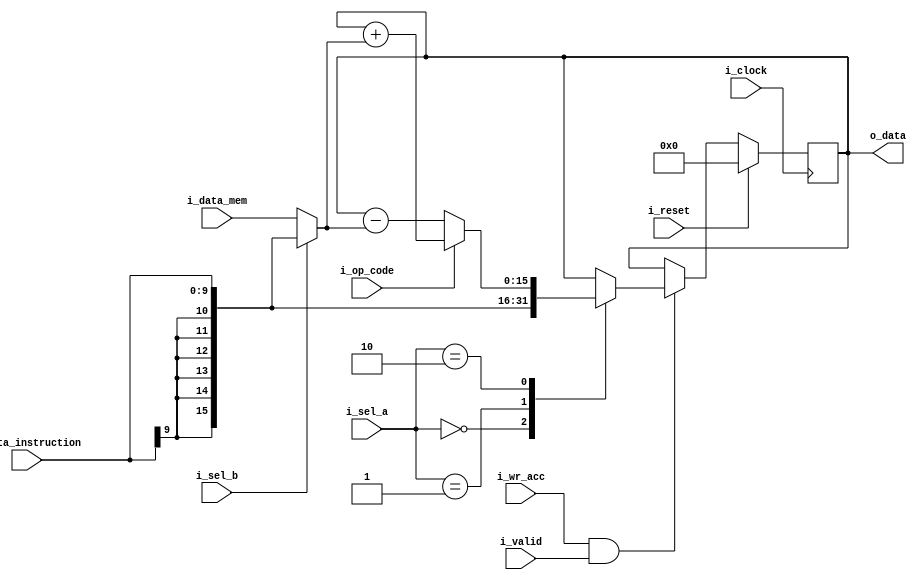
module bip_datapath
#(
    // Parameters.
    parameter 									NB_DATA = 16,
    parameter 									NB_OPCODE = 5,
    parameter 									NB_OPERAND = 11,
    parameter 									N_INSMEM_ADDR = 2048,
    parameter 									LOG2_N_INSMEM_ADDR = 11,
    parameter 									N_DATA_ADDR = 1024, 
    parameter 									LOG2_N_DATA_ADDR = 10,
    parameter                                   NB_SEL_A = 2, 
    parameter                                   NB_DATA_S_EXT = 10,
    parameter                                   NB_EXTENSION_SIZE = 6
)
(
    // Outputs.
    output wire     [NB_DATA-1:0]               o_data,
    // Inputs.
    input  wire 	[NB_DATA_S_EXT-1:0]		    i_data_instruction, // Signal from control unit
    input  wire     [NB_DATA-1:0]               i_data_mem, // Memory coming from data bank
    input  wire     [NB_SEL_A-1:0]              i_sel_a,
    input  wire                                 i_sel_b,
    input  wire                                 i_wr_acc,
    input  wire                                 i_op_code,
    input  wire 								i_clock,
    input  wire 								i_valid,
    input  wire 								i_reset 							
) ;	

    //==========================================================================
    // LOCAL PARAMETERS.
    //==========================================================================


    //==========================================================================
    // INTERNAL SIGNALS.
    //==========================================================================
    reg 			[NB_DATA-1:0]			    acc ; // Accumulator register

    wire            [NB_DATA-1:0]               mux_selb ;
    //reg             [NB_DATA-1:0]               mux_selb_d ;
    wire            [NB_DATA-1:0]               extended_signal ;
    wire            [NB_DATA-1:0]               alu_out ;

    //==========================================================================
    // ALGORITHM.
    //==========================================================================
    assign o_data = acc ; // Output from accumulator register

    assign mux_selb = (i_sel_b)? extended_signal : i_data_mem ; // Mux that selects either extended signal or input from data bank

    /*always @ ( posedge i_clock )
    begin
        if (i_reset)
            mux_selb_d <= 1'b0 ;
        else if ( i_valid )
            mux_selb_d <= mux_selb;
    end*/

    assign extended_signal = {{NB_EXTENSION_SIZE{i_data_instruction[NB_DATA_S_EXT-1]}}, i_data_instruction} ; // Replicate sign to get to NB_DATA bits

    assign alu_out = (i_op_code)? acc + mux_selb : acc - mux_selb ;

    //Accumulator mux
    always @ (posedge i_clock) 
    begin
        if (i_reset)
            acc <= {NB_DATA{1'b0}};
        else if (i_wr_acc & i_valid) begin
            case (i_sel_a)
            2'b00: acc <= i_data_mem;
            2'b01: acc <= extended_signal;
            2'b10: acc <= alu_out;
            default: acc <= acc;
            endcase
        end
    end



endmodule